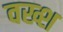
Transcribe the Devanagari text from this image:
वख्श